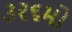
૩૨૬મો